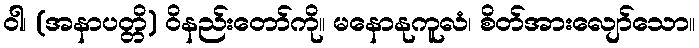
ဝါ၊ (အနာပတ္တိ) ဝိနည်းတော်ကို။ မနောနုကူလံ၊ စိတ်အားလျော်သော။